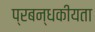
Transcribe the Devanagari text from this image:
प्रबन्धकीयता